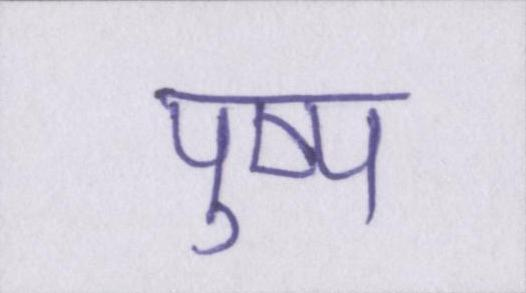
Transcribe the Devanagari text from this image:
पुष्प